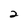
Character: 2